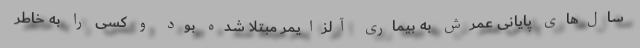
سال‌های پایانی عمرش به بیماری آلزایمر مبتلا شده بود و کسی را به خاطر